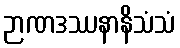
ဉာဏဒဿနာနိသံသံ